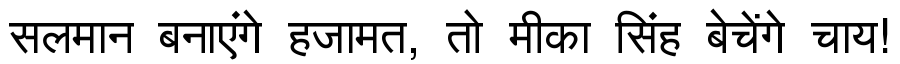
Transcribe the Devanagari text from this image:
सलमान बनाएंगे हजामत, तो मीका सिंह बेचेंगे चाय!